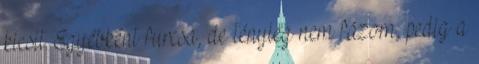
kicsit. Egyébként furcsa, de tényleg nem fázom, pedig a